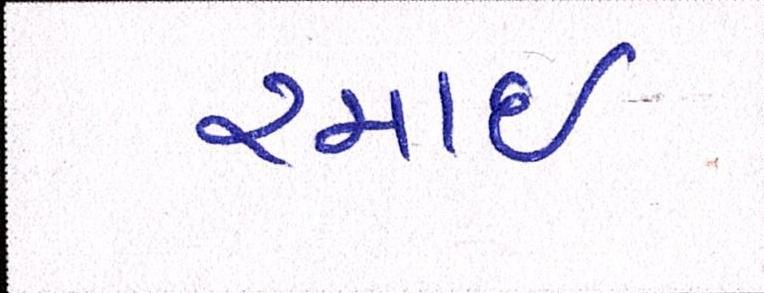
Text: રમાઈ